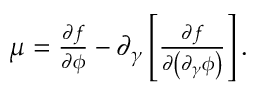
\begin{array} { r } { \mu = \frac { \partial f } { \partial \phi } - \partial _ { \gamma } \left[ \frac { \partial f } { \partial \left( \partial _ { \gamma } \phi \right) } \right] . } \end{array}